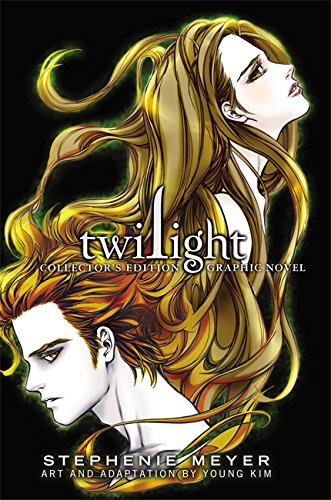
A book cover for Twilight: The Graphic Novel Collector's Edition (The Twilight Saga); Stephenie Meyer; Comics & Graphic Novels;